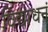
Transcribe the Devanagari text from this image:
विद्याधनं